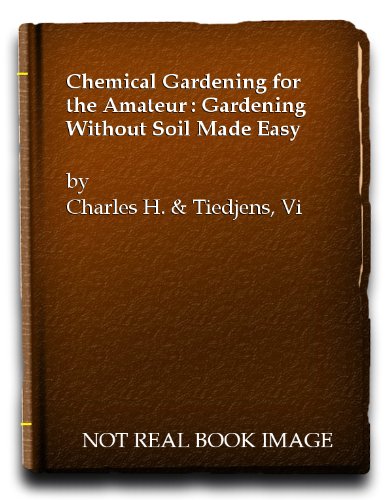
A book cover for Chemical gardening for the amateur;: Gardening without soil made easy,; Charles H Connors; Crafts, Hobbies & Home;